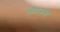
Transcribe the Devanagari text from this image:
सितान्हान्ही